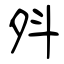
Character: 斘